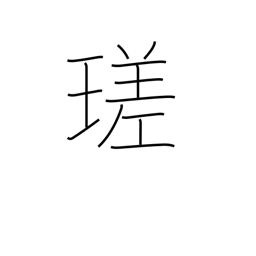
Meaning: brilliant white luster of a gem